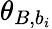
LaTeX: \theta_{B,b_{i}}